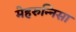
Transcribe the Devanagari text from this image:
मेहरुन्‍निसा